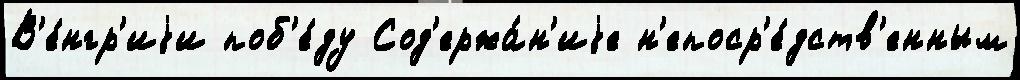
В'е́нгр'иjи поб'е́ду Сод'ержа́н'иjе н'епоср'е́дств'енным